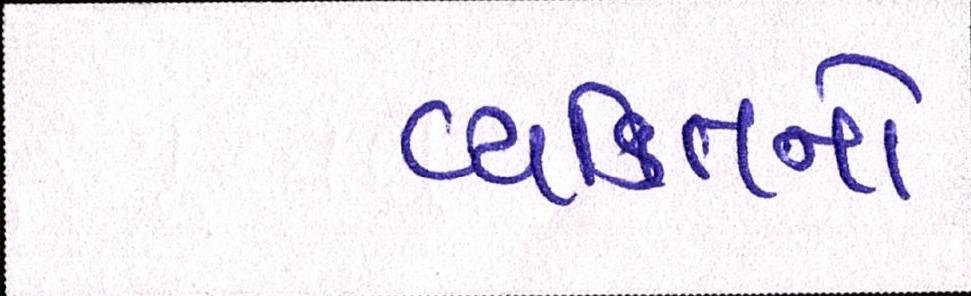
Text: વ્યક્તિનો